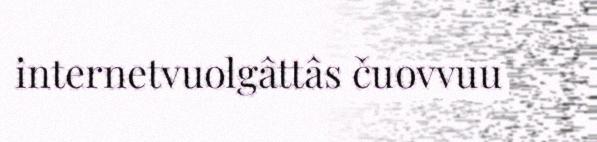
internetvuolgâttâs čuovvuu